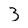
Character: 3